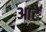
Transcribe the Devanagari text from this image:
आटें